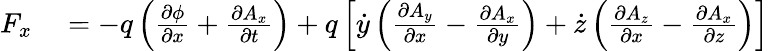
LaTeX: \begin{array}{rl}{F_{x}}&{{}=-q\left({\frac{\partial\phi}{\partial x}}+{\frac{\partial A_{x}}{\partial t}}\right)+q\left[{\dot{y}}\left({\frac{\partial A_{y}}{\partial x}}-{\frac{\partial A_{x}}{\partial y}}\right)+{\dot{z}}\left({\frac{\partial A_{z}}{\partial x}}-{\frac{\partial A_{x}}{\partial z}}\right)\right]}\end{array}